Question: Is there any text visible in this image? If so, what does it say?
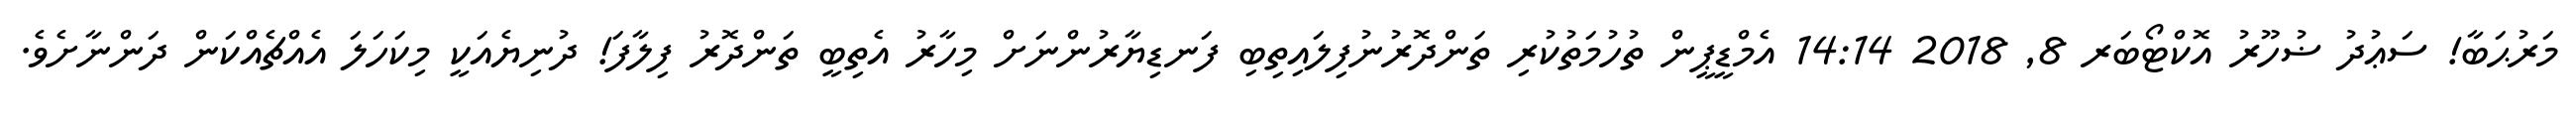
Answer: މަރުޙަބާ! ސަޢުދު ޟުހޫރު އޮކްޓޯބަރ 8, 2018 14:14 އެމްޑީޕީން ތުހުމަތުކުރި ތަންދޮރުނުފިލައިތިބި ފަނޑިޔާރުންނަށް މިހާރު އެތިބީ ތަންދޮރު ފިލާފަ! ދުނިޔެއަކީ މިކަހަލަ އެއްޗެއްކަން ދަންނާށެވެ.